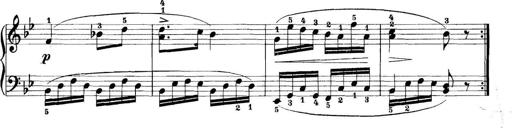
Title: 11 Sonatinas
Composer: Anton Diabelli